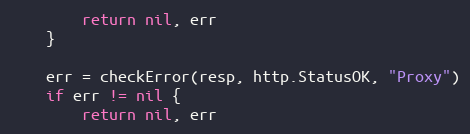
Language: Go
		return nil, err
	}

	err = checkError(resp, http.StatusOK, "Proxy")
	if err != nil {
		return nil, err